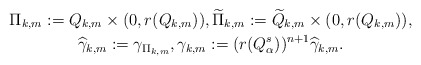
\begin{gather*}\Pi_{k,m}:=Q_{k,m}\times(0,r(Q_{k,m})), \widetilde{\Pi}_{k,m}:=\widetilde{Q}_{k,m}\times(0,r(Q_{k,m})),\\\widehat{\gamma}_{k,m}:=\gamma_{\Pi_{k,m}}, \gamma_{k,m}:= (r(Q^{s}_{\alpha}))^{n+1}\widehat{\gamma}_{k,m}.\end{gather*}